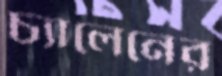
চ্যালেনের